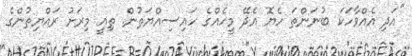
"އަދި އެއްވާހަކަ ބުނަންތަ ހެޔޮ އެދޭ މީހެއްގެ ހައިސިއްޔަތުން. ތިއީ މިރަށު ރައްޔިތުންގެ